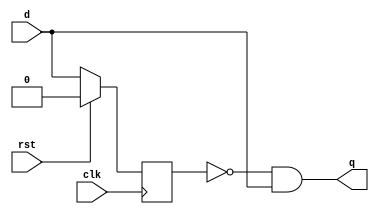
module posedgedetector(d,clk,rst,q);
		input d,clk,rst;
		output q;
		wire inv_q;
		reg q1;
		assign inv_q=~q1;
		assign q=inv_q&&d;
		always@(posedge clk)
			begin
				if(rst)
					begin
						q1<=1'b0;
					end
				else
					begin
						q1<=d;
					end
			end
endmodule